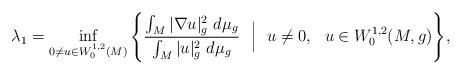
LaTeX: \begin{align*} \lambda_1 = \inf_{0\neq u \in W_0^{1,2}(M) }\Bigg\{ \frac{\int_M | \nabla u |_g^2 \ d \mu_g}{\int_M | u|^2_g \ d\mu_g} \ \ \Big| \ \ u \neq 0, \ \ u \in W_0^{1, 2}(M,g) \Bigg\}, \end{align*}